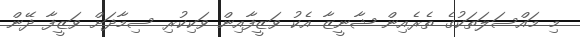
މި މައްސަލަތަކުގެ ތެރެއިން ޝާނީޒާ އެކު ވަޒީފާއިން ވަކިކުރި ސިމާދަށް ވަޒީފާ ދޭން